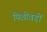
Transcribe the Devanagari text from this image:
पिछोवड़ों